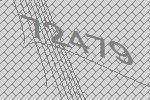
72479